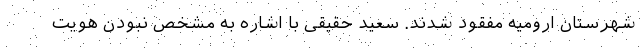
شهرستان ارومیه مفقود شدند. سعید حقیقی با اشاره به مشخص نبودن هویت